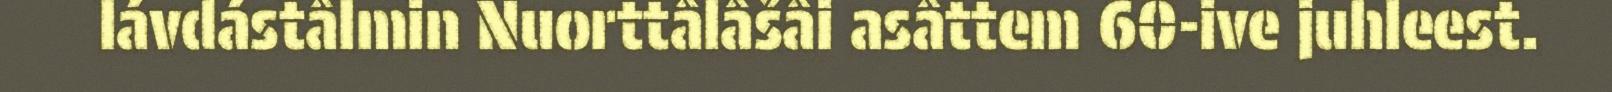
lávdástâlmin Nuorttâlâšâi asâttem 60-ive juhleest.